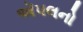
ઍપલનો